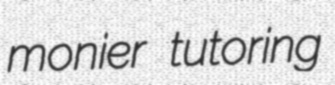
monier tutoring